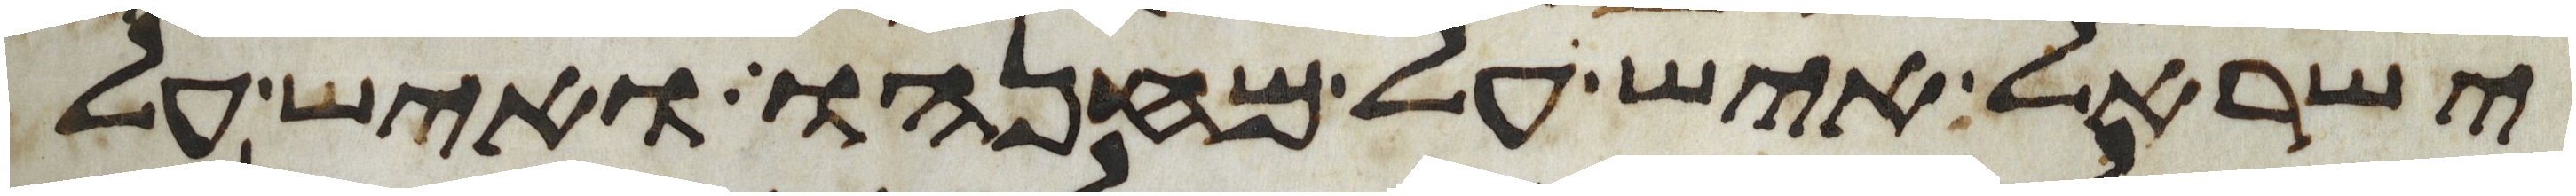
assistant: ישראל איש על מחנהו ואיש על